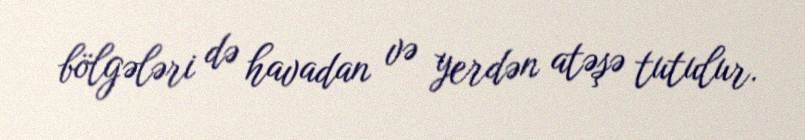
bölgələri də havadan və yerdən atəşə tutulur.